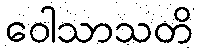
ဝေါသာသတိ